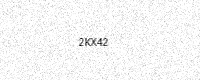
Text: 2KX42